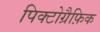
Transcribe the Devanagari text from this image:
पिक्टोग्रैफ़िक